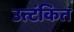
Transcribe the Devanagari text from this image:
उत्टंकित